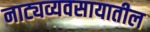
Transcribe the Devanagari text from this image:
नाट्यव्यवसायातील